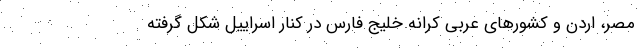
مصر، اردن و کشورهای عربی کرانه خلیج فارس در کنار اسراییل شکل گرفته